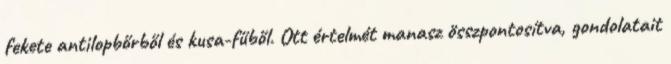
fekete antilopbőrből és kusa-fűből. Ott értelmét manasz összpontosítva, gondolatait